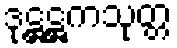
ဒုဋ္ဌဋ္ဌကသုတ္တ